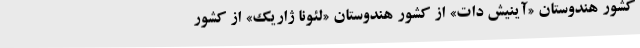
کشور هندوستان «آینیش دات» از کشور هندوستان «لئونا ژاریک» از کشور